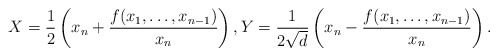
\begin{align*}X=\frac{1}{2}\left(x_n+\frac{f(x_1,\ldots,x_{n-1})}{x_n}\right),Y=\frac{1}{2\sqrt{d}}\left(x_n-\frac{f(x_1,\ldots,x_{n-1})}{x_n}\right).\end{align*}